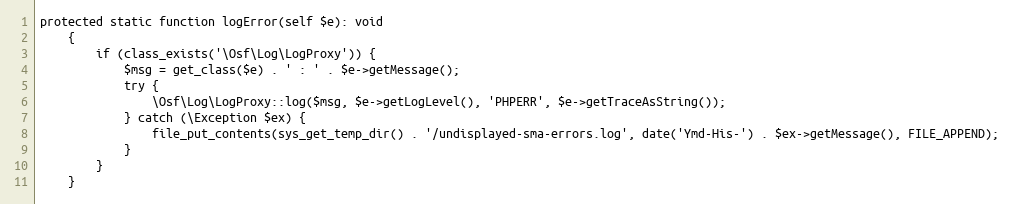
Language: PHP
protected static function logError(self $e): void
    {
        if (class_exists('\Osf\Log\LogProxy')) {
            $msg = get_class($e) . ' : ' . $e->getMessage();
            try {
                \Osf\Log\LogProxy::log($msg, $e->getLogLevel(), 'PHPERR', $e->getTraceAsString());
            } catch (\Exception $ex) {
                file_put_contents(sys_get_temp_dir() . '/undisplayed-sma-errors.log', date('Ymd-His-') . $ex->getMessage(), FILE_APPEND);
            }
        }
    }